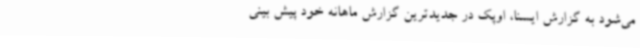
می‌شود به گزارش ایسنا، اوپک در جدیدترین گزارش ماهانه خود پیش بینی